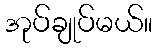
အုပ်ချုပ်မယ်။